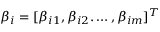
\beta _ { i } = [ \beta _ { i 1 } , \beta _ { i 2 } . \ldots , \beta _ { i m } ] ^ { T }